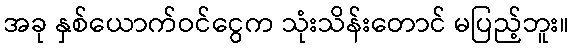
အခု နှစ်ယောက်ဝင်ငွေက သုံးသိန်းတောင် မပြည့်ဘူး။